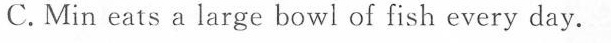
C.Min eats a large bowlof fish every day.